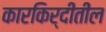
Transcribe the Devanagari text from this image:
कारकिर्दीतील